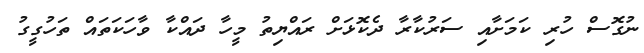
ނުގޮސް ހުރި ކަމަށާއި ސަރުކާރާ ދެކޮޅަށް ރައްޔިތު މީހާ ދައްކާ ވާހަކަތައް ތަހުގީގު